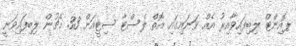
ޕޮއިންޓް ލިބިފައިވާއިރު އެއް ވަނައިގައި އޮތް ލެސްޓާ ސިޓީއަށް 33 މެޗުން ލިބިފައިވަނީ